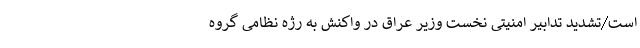
است/تشدید تدابیر امنیتی نخست وزیر عراق در واکنش به رژه نظامی گروه